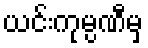
ယင်းကုမ္ပဏီမှ